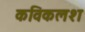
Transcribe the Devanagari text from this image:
कविकलश